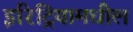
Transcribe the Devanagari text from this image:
इरिट्रियामधील